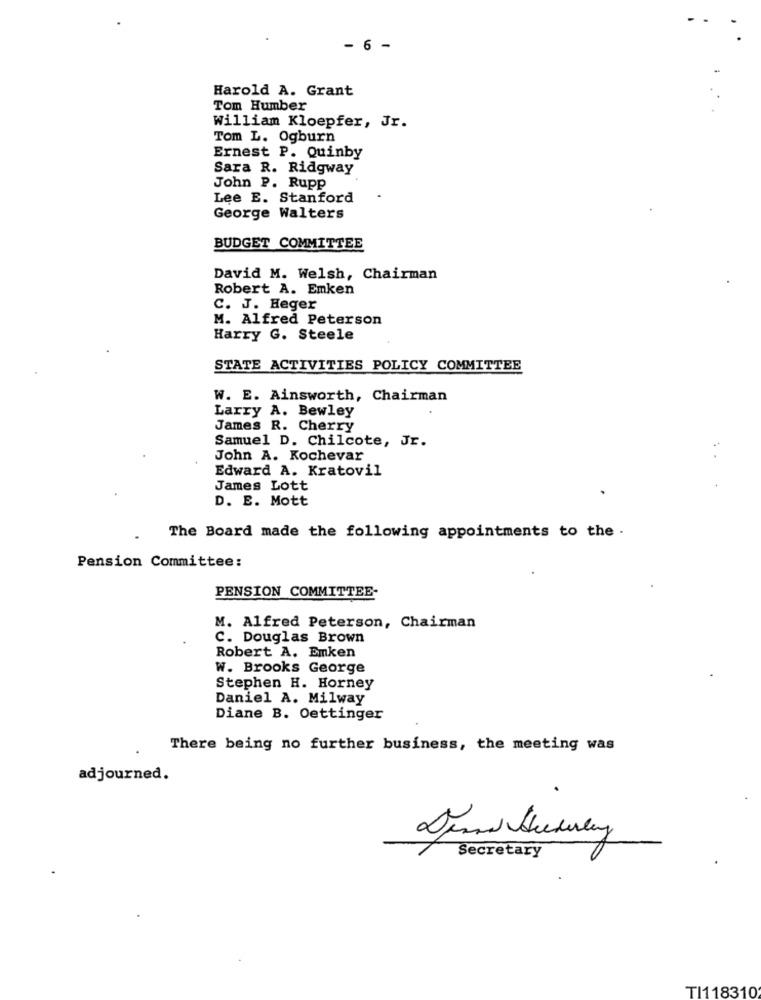
- 6 -
Harold A. Grant
Tom Humber
William Kloepfer, Jr.
Tom L. Ogburn
Ernest P. Quinby
Sara R. Ridgway
John P. Rupp
Lee E. Stanford
George Walters
BUDGET COMMITTEE
David M. Welsh, Chairman
Robert A. Emken
C. J. Heger
M. Alfred Peterson
Harry G. Steele
STATE ACTIVITIES POLICY COMMITTEE
W. E. Ainsworth, Chairman
Larry A. Bewley
James R. Cherry
Samuel D. Chilcote, Jr.
John A. Kochevar
Edward A. Kratovil
..
James Lott
D. E. Mott
The Board made the following appointments to the .
Pension Committee:
PENSION COMMITTEE-
M. Alfred Peterson, Chairman
C. Douglas Brown
Robert A. Emken
W. Brooks George
Stephen H. Horney
Daniel A. Milway
Diane B. Oettinger
There being no further business, the meeting was
adjourned.
Secretary
TI118310